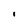
Character: i